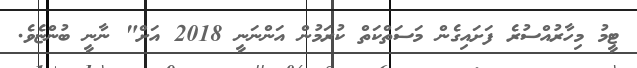
ޓީމު މިހާރުއްސުރެ ފަށައިގެން މަސަތްކަތް ކުރަމުން އަންނަނީ 2018 އަށް" ނާނީ ބުންޏެވެ.